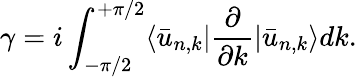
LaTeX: \gamma=i\int_{-\pi/2}^{+\pi/2}\langle\bar{u}_{n,k}|\frac{\partial}{\partial k}|\bar{u}_{n,k}\rangle dk.